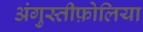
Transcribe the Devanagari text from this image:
अंगुस्तीफ़ोलिया